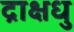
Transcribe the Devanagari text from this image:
द्राक्षधु